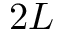
2 L